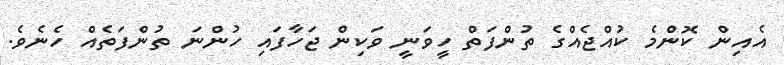
އެއިން ކޮންމެ ކުއްޖެއްގެ ތުންފަތް ހީވަނީ ވަކިން ޖަހާފައި ހުންނަ ތުންފަތެއް ހެނެވެ.